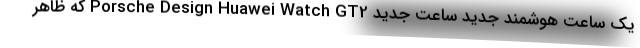
یک ساعت هوشمند جدید ساعت جدید Porsche Design Huawei Watch GT2 که ظاهر